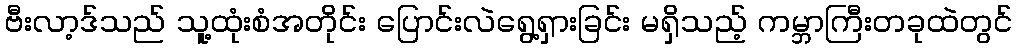
ဗီးလာ့ဒ်သည် သူ့ထုံးစံအတိုင်း ပြောင်းလဲရွေ့ရှားခြင်း မရှိသည့် ကမ္ဘာကြီးတခုထဲတွင်